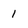
Character: 1